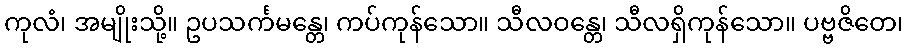
ကုလံ၊ အမျိုးသို့။ ဥပသင်္ကမန္တေ၊ ကပ်ကုန်သော။ သီလဝန္တေ၊ သီလရှိကုန်သော။ ပဗ္ဗဇိတေ၊